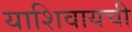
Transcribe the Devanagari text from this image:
याशिवायची